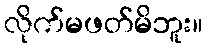
လိုက်မဖတ်မိဘူး။